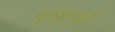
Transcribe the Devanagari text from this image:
कुझुप्पुल्ली